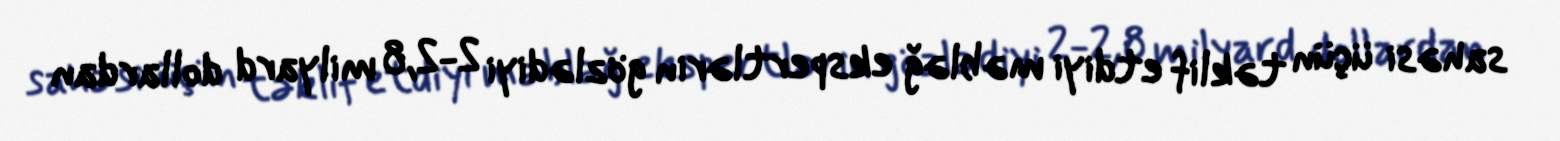
sahəsi üçün təklif etdiyi məbləğ ekspertlərin gözlədiyi 2-2,8 milyard dollardan